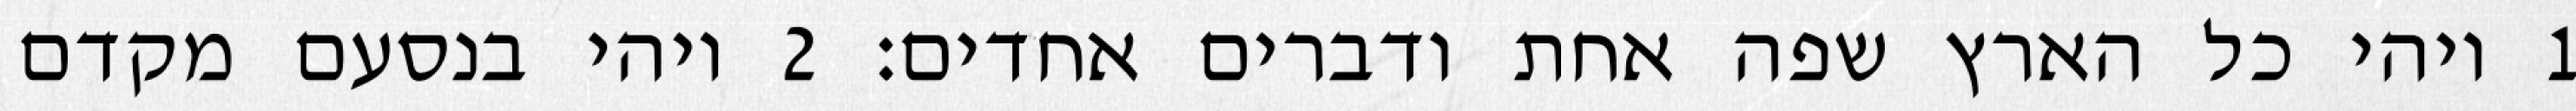
1 ויהי כל הארץ שפה אחת ודברים אחדים׃ ‎2‏ ויהי בנסעם מקדם